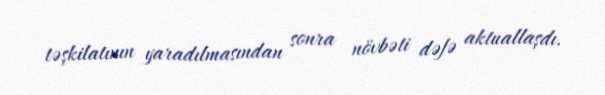
təşkilatının yaradılmasından sonra növbəti dəfə aktuallaşdı.